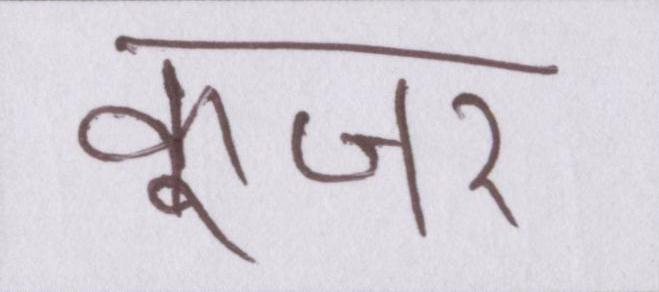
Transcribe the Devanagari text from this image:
कूजर